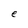
Character: e